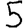
Digit: 5